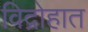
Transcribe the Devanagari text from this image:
विद्रोहात